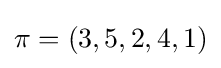
\pi =(3,5,2,4,1)